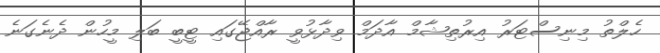
ހެލްތު މިނިސްޓަރު އިރުތިޝާމް އާދަމް ވިދާޅުވީ ރާއްޖޭގައި ޓީބީ ބަލި މީހުން ދެނެގަނެ